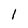
Character: 1